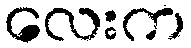
လေးက